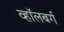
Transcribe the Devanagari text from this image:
व्हाॅलबर्ग